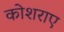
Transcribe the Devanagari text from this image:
कोशराए